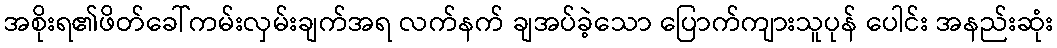
အစိုးရ၏ဖိတ်ခေါ်ကမ်းလှမ်းချက်အရ လက်နက် ချအပ်ခဲ့သော ပြောက်ကျားသူပုန် ပေါင်း အနည်းဆုံး